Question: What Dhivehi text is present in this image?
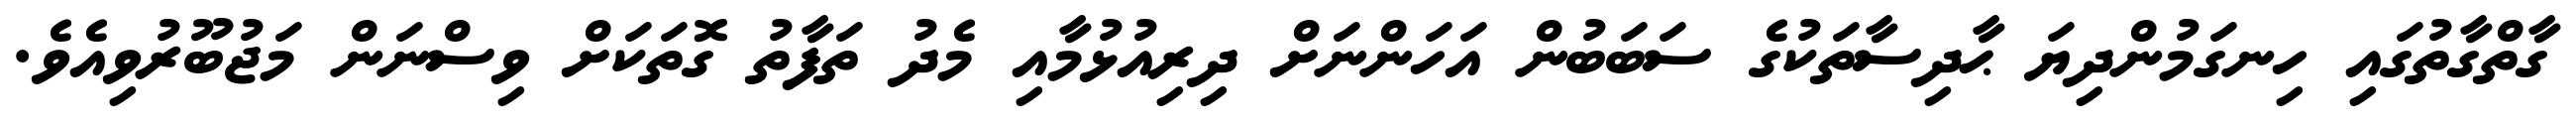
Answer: ގާތްގާތުގައި ހިނގަމުންދިޔަ ޙާދިސާތަކުގެ ސަބަބުން އަހަންނަށް ދިރިއުޅުމާއި މެދު ތަފާތު ގޮތަކަށް ވިސްނަން މަޖުބޫރުވިއެވެ.